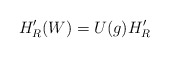
\begin{align*}H_{R}^{\prime }(W)=U(g)H_{R}^{\prime }\end{align*}